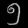
Digit: ၅